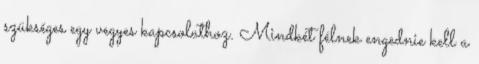
szükséges egy vegyes kapcsolathoz. Mindkét félnek engednie kell a